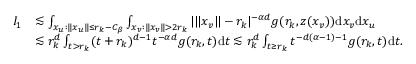
\begin{array} { r l } { I _ { 1 } } & { \lesssim \int _ { x _ { u } : \| x _ { u } \| \le r _ { k } - C _ { \beta } } \int _ { x _ { v } : \| x _ { v } \| > 2 r _ { k } } | \| x _ { v } \| - r _ { k } | ^ { - \alpha d } g ( r _ { k } , z ( x _ { v } ) ) \mathrm { d } x _ { v } \mathrm { d } x _ { u } } \\ & { \lesssim r _ { k } ^ { d } \int _ { t > r _ { k } } ( t + r _ { k } ) ^ { d - 1 } t ^ { - \alpha d } g ( r _ { k } , t ) \mathrm { d } t \lesssim r _ { k } ^ { d } \int _ { t \ge r _ { k } } t ^ { - d ( \alpha - 1 ) - 1 } g ( r _ { k } , t ) \mathrm { d } t . } \end{array}